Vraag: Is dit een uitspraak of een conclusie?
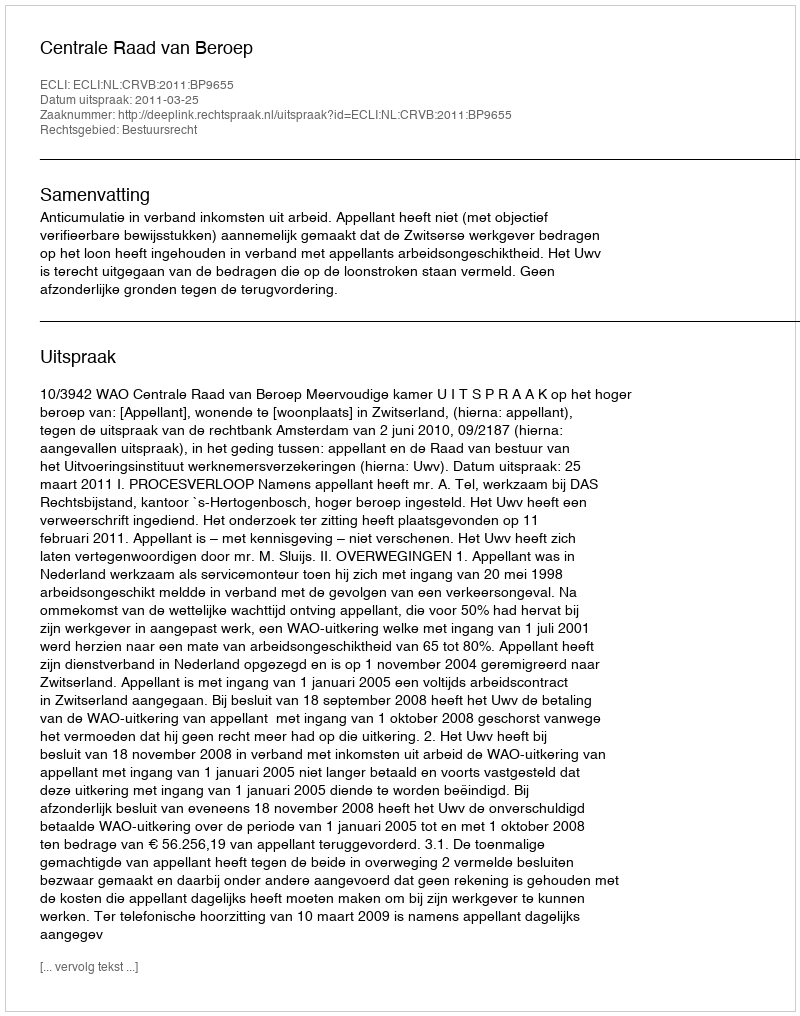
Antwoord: Uitspraak